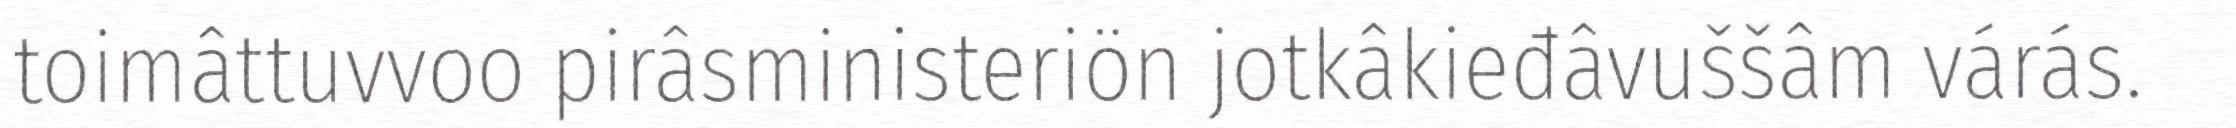
toimâttuvvoo pirâsministeriön jotkâkieđâvuššâm várás.